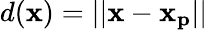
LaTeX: d(\mathbf{x})=||\mathbf{x}-\mathbf{x_{p}}||